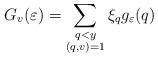
LaTeX: \begin{align*}G_v(\varepsilon) = \sum_{\substack{q<y\\(q,v)=1}}\xi_qg_{\varepsilon}(q) \end{align*}